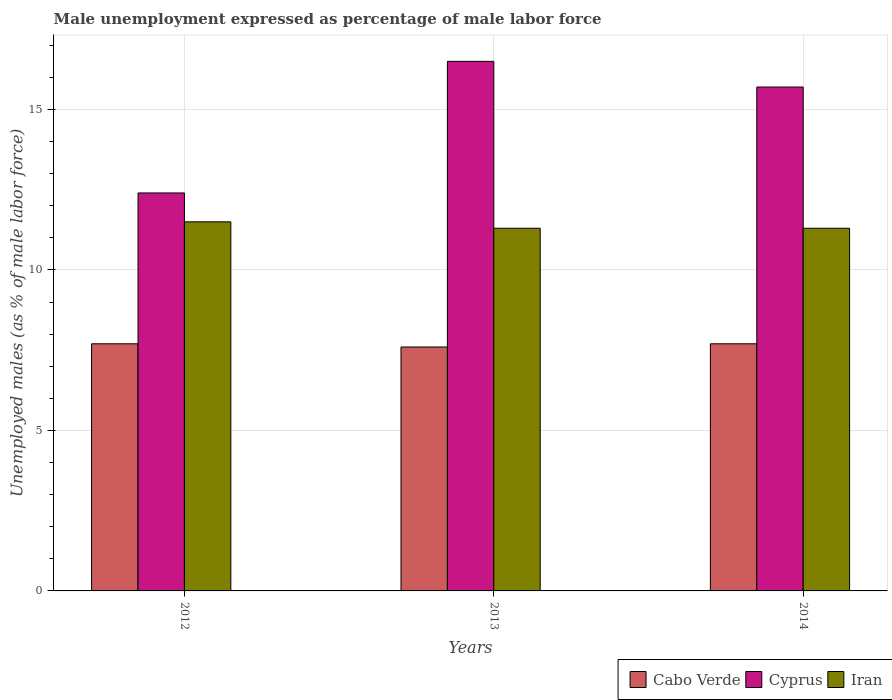
| Years | Cabo Verde | Cyprus | Iran |
 | --- | --- | --- | --- |
 | 2012 | 7.7 | 12.4 | 11.5 |
 | 2013 | 7.6 | 16.5 | 11.3 |
 | 2014 | 7.7 | 15.7 | 11.3 |